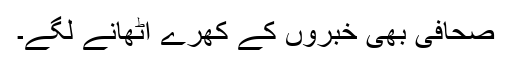
صحافی بھی خبروں کے کھّرے اٹھانے لگے۔